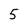
Character: 5